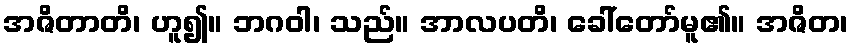
အဇိတာတိ၊ ဟူ၍။ ဘဂဝါ၊ သည်။ အာလပတိ၊ ခေါ်တော်မူ၏။ အဇိတ၊